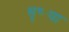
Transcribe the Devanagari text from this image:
सृष्ट्या